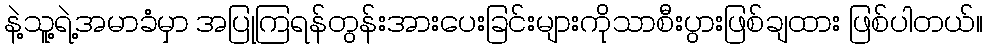
နဲ့သူ့ရဲ့အမာခံမှာ အပြုကြရန်တွန်းအားပေးခြင်းများကိုသာစီးပွားဖြစ်ချထား ဖြစ်ပါတယ်။